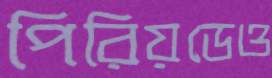
পিরিয়ডেও